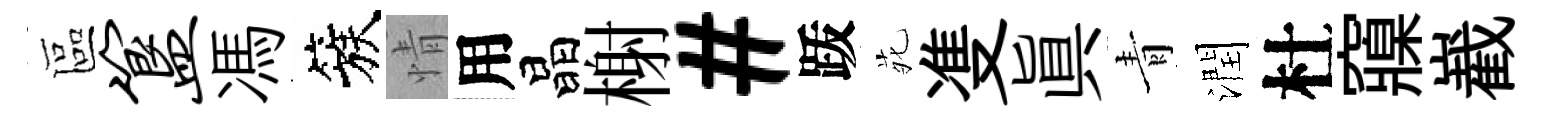
區簋馮簇情用晶榭#䟦𫟍㕠眞青潤杜䆿嶻